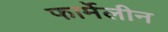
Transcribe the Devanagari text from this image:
फार्मेलीन